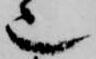
也